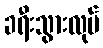
ခရီးသွားလုပ်